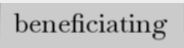
beneficiating